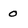
Character: o